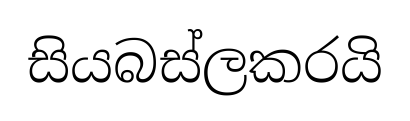
සියබස්ලකරයි